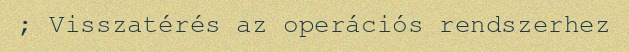
; Visszatérés az operációs rendszerhez